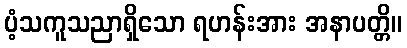
ပံ့သကူသညာရှိသော ရဟန်းအား အနာပတ္တိ။